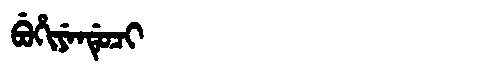
Manchu: ᠪᡠᡥᡳᠶᡝᠨᡩᡠᠴᡳ
Romanization: BUHIYENDUCI